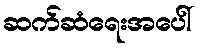
ဆက်ဆံရေးအပေါ်